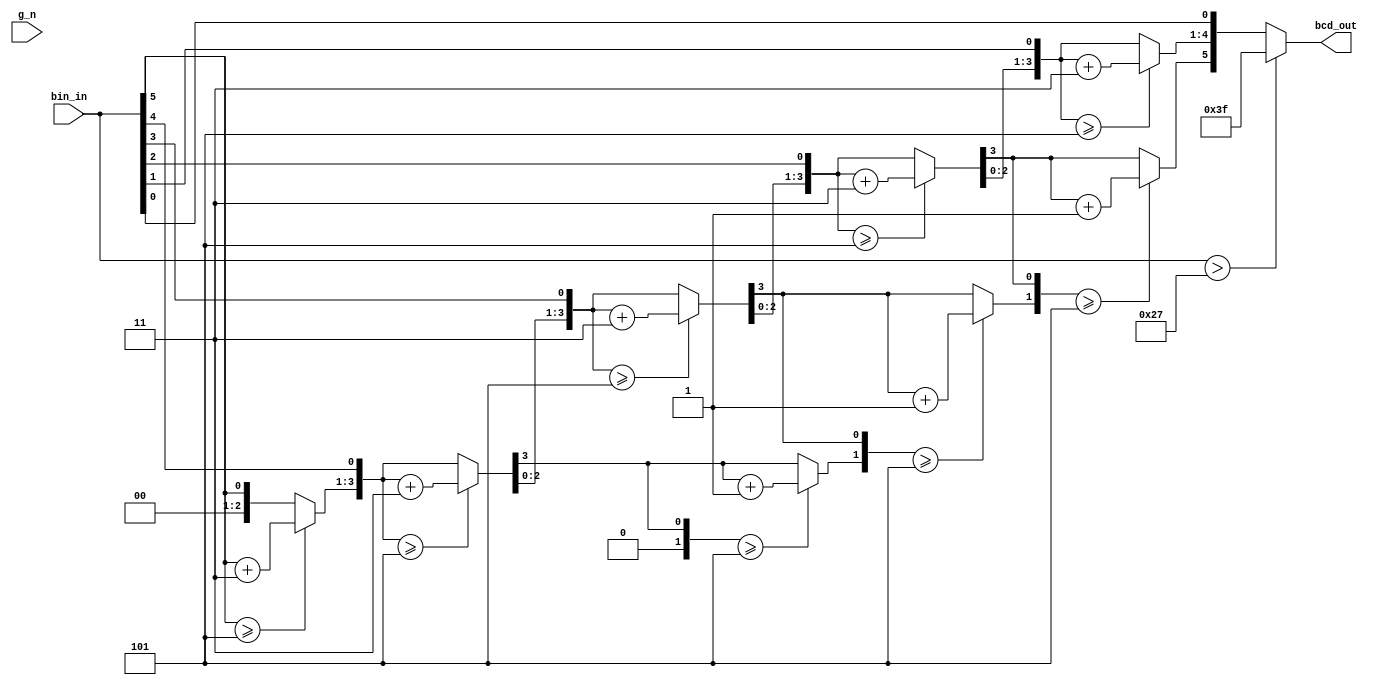
////////////////////////////////////////////////////////////////////////////////
// Version:     1
// Description: 6-bit Binary to BCD converter
////////////////////////////////////////////////////////////////////////////////

`timescale 1 ns/100 ps

module sn185_cgrundey(g_n, bin_in, bcd_out);
	input g_n;
	input [5:0] bin_in;
	output [5:0] bcd_out;
	reg [5:0] bcd_out;
	reg [5:0] scratch;
	reg [5:0] tempout;

	// Used max propagation delays from datasheet to test with critical path
	specify
		(g_n *> bcd_out) = (30, 35);
		(bin_in => bcd_out) = (40, 40);
	endspecify

	always @(g_n or bin_in) begin
		if(g_n) begin
			bcd_out = 6'b111111;
		end
		if (bin_in > 6'd39) begin
			bcd_out = 6'b111111;
		end
		else begin
			scratch = bin_in;
			tempout = 6'b000000;
			repeat(6) begin
				if (tempout[5:4] >= 5) begin
					tempout[5:4] = tempout[5:4] + 3;
				end
				if (tempout[3:0] >= 5) begin
					tempout[3:0] = tempout[3:0] + 3;
				end
				tempout = tempout << 1;
				tempout[0] = scratch[5];
				scratch = scratch << 1;
			end
			bcd_out = tempout;
		end
	end

endmodule